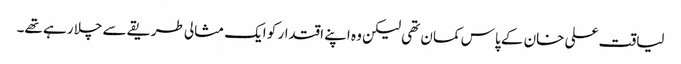
لیاقت علی خان کے پاس کمان تھی لیکن وہ اپنے اقتدار کو ایک مثالی طریقے سے چلا رہے تھے۔